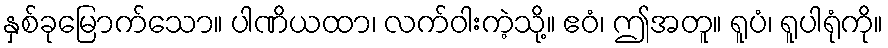
နှစ်ခုမြောက်သော။ ပါဏိယထာ၊ လက်ဝါးကဲ့သို့။ ဧဝံ၊ ဤအတူ။ ရူပံ၊ ရူပါရုံကို။